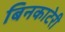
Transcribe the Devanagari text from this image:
बिनकाटेरी